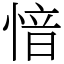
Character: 愔